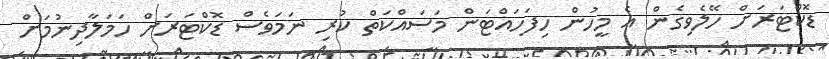
ޑޮކްޓަރަށް ހޭލެވިގެން އެ މީހުން ހިފަހައްޓަން މަސައްކަތް ކުރި ނަމަވެސް ޑޮކްޓަރަށް ހަމަލާދިނުމަށް